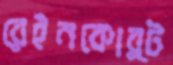
রেইনকোর্ট